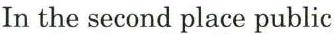
In the second place public